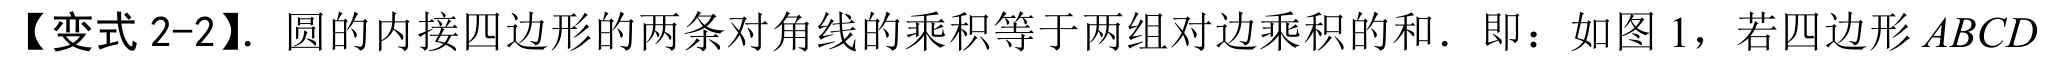
【变式 2-2】. 圆的内接四边形的两条对角线的乘积等于两组对边乘积的和．即：如图 1，若四边形\(ABCD\)